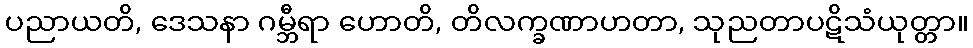
ပညာယတိ, ဒေသနာ ဂမ္ဘီရာ ဟောတိ, တိလက္ခဏာဟတာ, သုညတာပဋိသံယုတ္တာ။